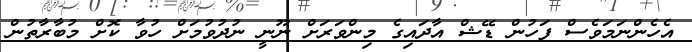
އެހެންނަމަވެސް ފަހުން ޑޭޝް އާދައިގެ މިންވަރަށް ނޫނީ ނުދުވުމަށް ހުވާ ކޮށް މުބާރާތުން